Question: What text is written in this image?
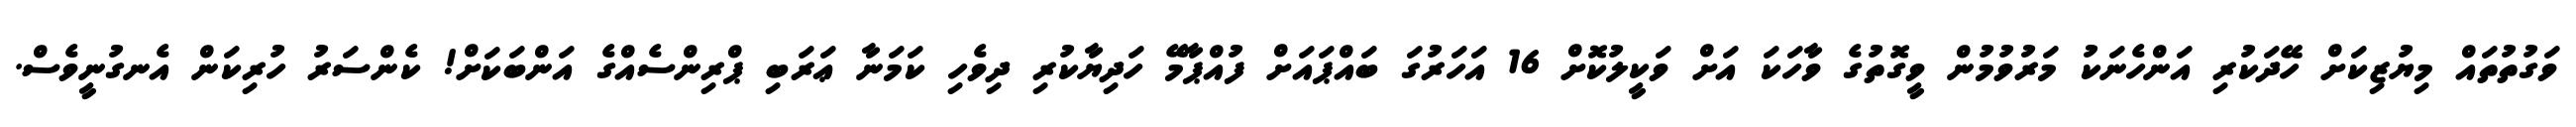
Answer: ވަގުތުތައް މިޔުޒިކަށް ހޭދަކުރި އަންހެނަކު މަރުވުމުން ވީގޮތުގެ ވާހަކަ އަށް ވަކީލުކޮށް 16 އަހަރުގަ ބައްޕައަށް ފުއްޕާމޭ ހަދިޔާކުރި ދިވެހި ކަމަނާ ޢަރަބި ޕްރިންސެއްގެ އަންބަކަށް! ކެންސަރު ހުރިކަން އެނގުނީވެސް.